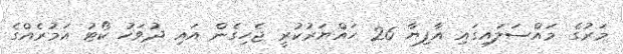
މަރުގެ މައްސަލައިގައި އާފިޔާ 26 ހައްޔަރުކުރީ ޖެހިގެން އައި ދުވަހު ކޯޓު އަމުރެއްގެ